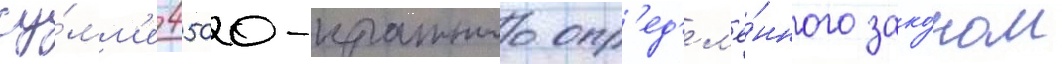
су́мм'е 4500-кратного опр'ед'ел'ё́нного зако́ном